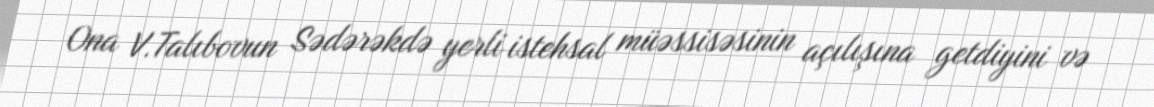
Ona V.Talıbovun Sədərəkdə yerli istehsal müəssisəsinin açılışına getdiyini və